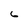
Character: 6